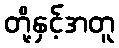
တို့နှင့်အတူ